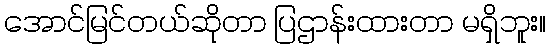
အောင်မြင်တယ်ဆိုတာ ပြဌာန်းထားတာ မရှိဘူး။